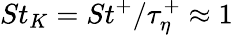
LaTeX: St_{K}=St^{+}/\tau_{\eta}^{+}\approx 1